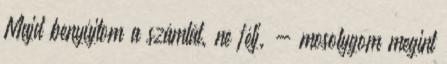
Majd benyújtom a számlát. ne félj. - mosolygom megint